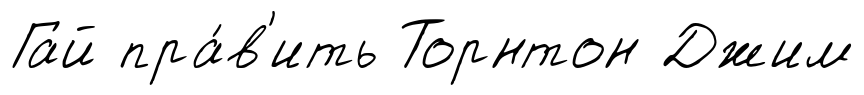
Гай пра́в'ить Торнтон Джим